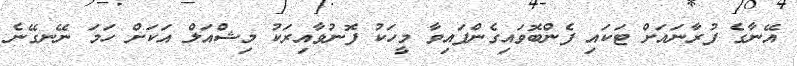
އޭނާގެ ފުރާނައަށް ޓަކައި ފެންބޮވައިގެންފައިވާ މީހަކު ފޮނުވާއިރަކު މިޝްއަލް އަކަށް ހަމަ ނޭނގޭނެ